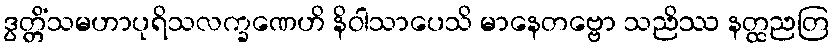
ဒွတ္တိံသမဟာပုရိသလက္ခဏေဟိ နိဝါသာပေသိ မာနေတဗ္ဗော သညိဿ နတ္ထညတြ